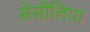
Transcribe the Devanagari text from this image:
सेसीलिया